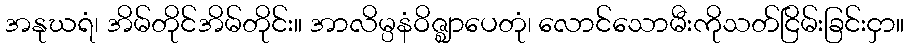
အနုဃရံ၊ အိမ်တိုင်အိမ်တိုင်း။ အာလိမ္ပနံဝိဇ္ဈာပေတုံ၊ လောင်သောမီးကိုသတ်ငြိမ်းခြင်းငှာ။